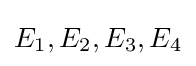
E_{1},E_{2},E_{3},E_{4}